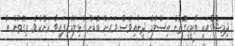
ދިމިޝްގްއަކީ ތާރީހީގޮތުން އިސްލާމް ދީނާއިވެސް ވަރަށް ބޮޑަށް ގުޅިލާމެހިފައިވާ ރަށެކެވެ. މިގޮތުން އެ